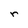
Character: r